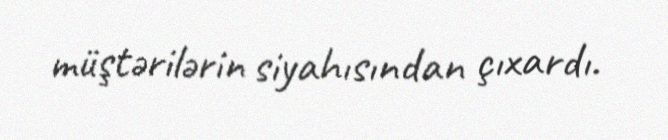
müştərilərin siyahısından çıxardı.